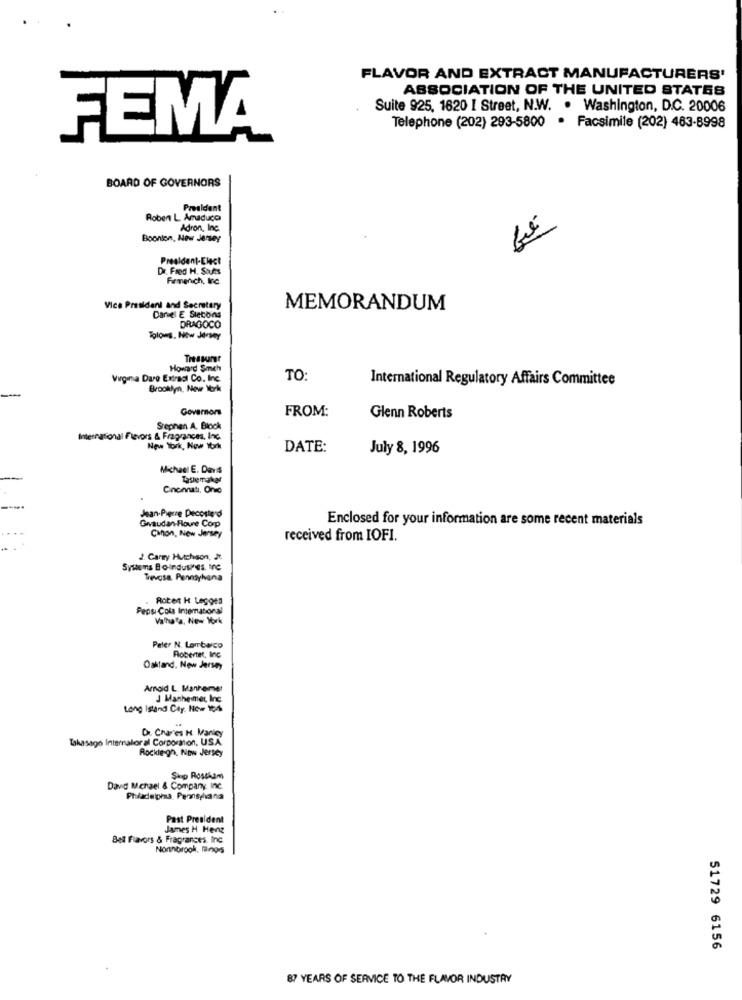
FLAVOR AND EXTRACT MANUFACTURERS'
ASSOCIATION OF THE UNITED STATES
Suite 925, 1620 I Street, N.W. . Washington, D.C. 20006
Telephone (202) 293-5800 · Facsimile (202) 463-8998
FEMA
BOARD OF GOVERNORS
President
Roben L Amaduco
Adron, Inc.
Boonton, New Jersey
President-Elect
Dr. Fred H. Sales
Vice President and Secretary
MEMORANDUM
Daniel E Siecoins
DRAGOCO
Tolows. Now Jersey
Treasurer
Howard Smeh
Virgina Dare Extraal Co. Inc.
TO:
International Regulatory Affairs Committee
Brooklyn, New York
Governors
FROM:
Glenn Roberts
Stephen A. Block
International Filevers & Fragrances, Inc.
New York, New York
DATE:
July 8, 1996
Michael E. Davis
Tastemakar
Cinematı, Ono
Jean-Pierre Decosterd
Givaudan-Floure Corp
Enclosed for your information are some recent materials
Canon, New Jersey
received from IOFI.
2. Carry Hutchison, Je.
Systems Boindusines Ine
Trevosa Pennyhana
Roten H Legges
Pepsi Cola International
ValhaTa, New York
Peler N. Lombwco
Robertet, Inc
Oakland, New Jersey
Amold L. Manheimer
J Manheimer, Inc.
Long island Cey. Now 104
Dr. Cruces H. Manicy
Takasago Internaloral Corporation. USA
Rockle gn. Now Jersey
Skip Rosskam
David Michael & Company Inc.
Philadelphia Peonsphana
Past President
James H Henz
Bell Flavors & Fragrances, Inc.
Nonnibrook, lilnos
51729 6156
BY YEARS OF SERVICE TO THE FLAVOR INDUSTRY